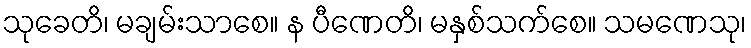
သုခေတိ၊ မချမ်းသာစေ။ န ပီဏေတိ၊ မနှစ်သက်စေ။ သမဏေသု၊